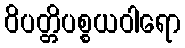
ဝိပတ္တိပစ္စယဝါရော